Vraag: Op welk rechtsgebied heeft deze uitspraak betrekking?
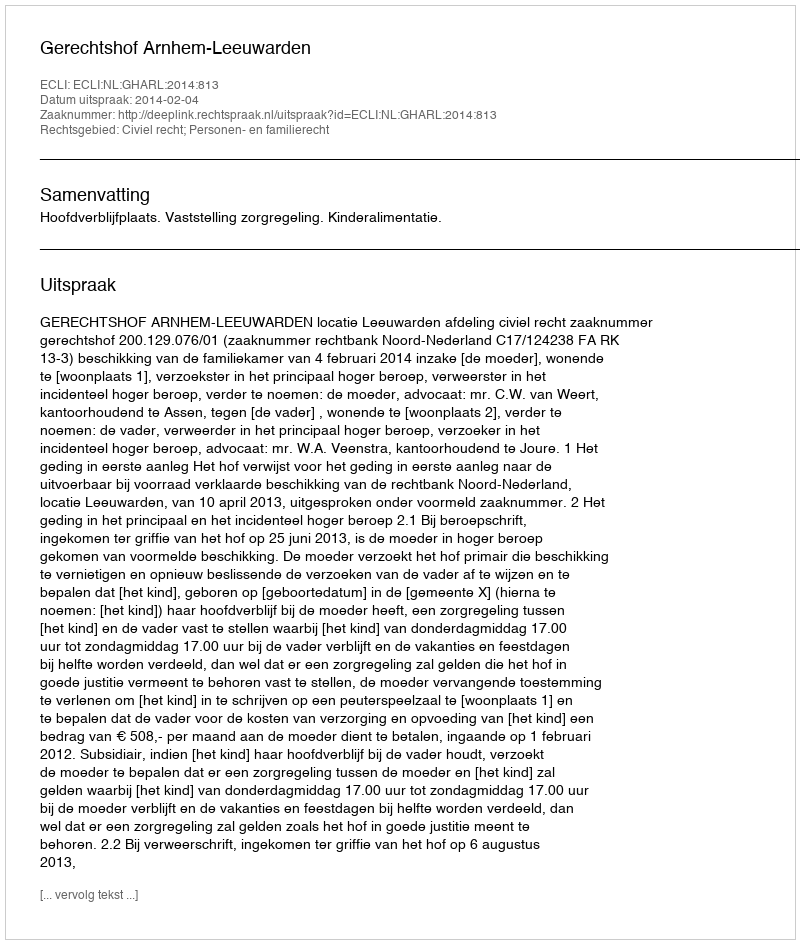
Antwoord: Civiel recht; Personen- en familierecht